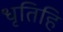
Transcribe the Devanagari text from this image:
धृतिहि